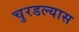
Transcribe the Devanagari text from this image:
चुरडल्यास